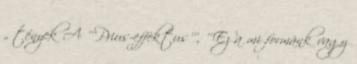
„ tények A '''Prius-effektus''', '''Ez a mi formánk vagy